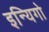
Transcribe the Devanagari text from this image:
इन्यिगो